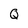
Character: Q